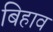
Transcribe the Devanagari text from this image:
बिहाव